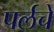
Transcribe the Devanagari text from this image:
पर्लचे